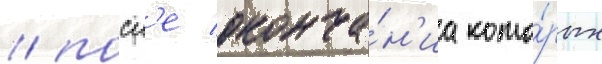
/ посл'е оконча́н'иа кото́рых